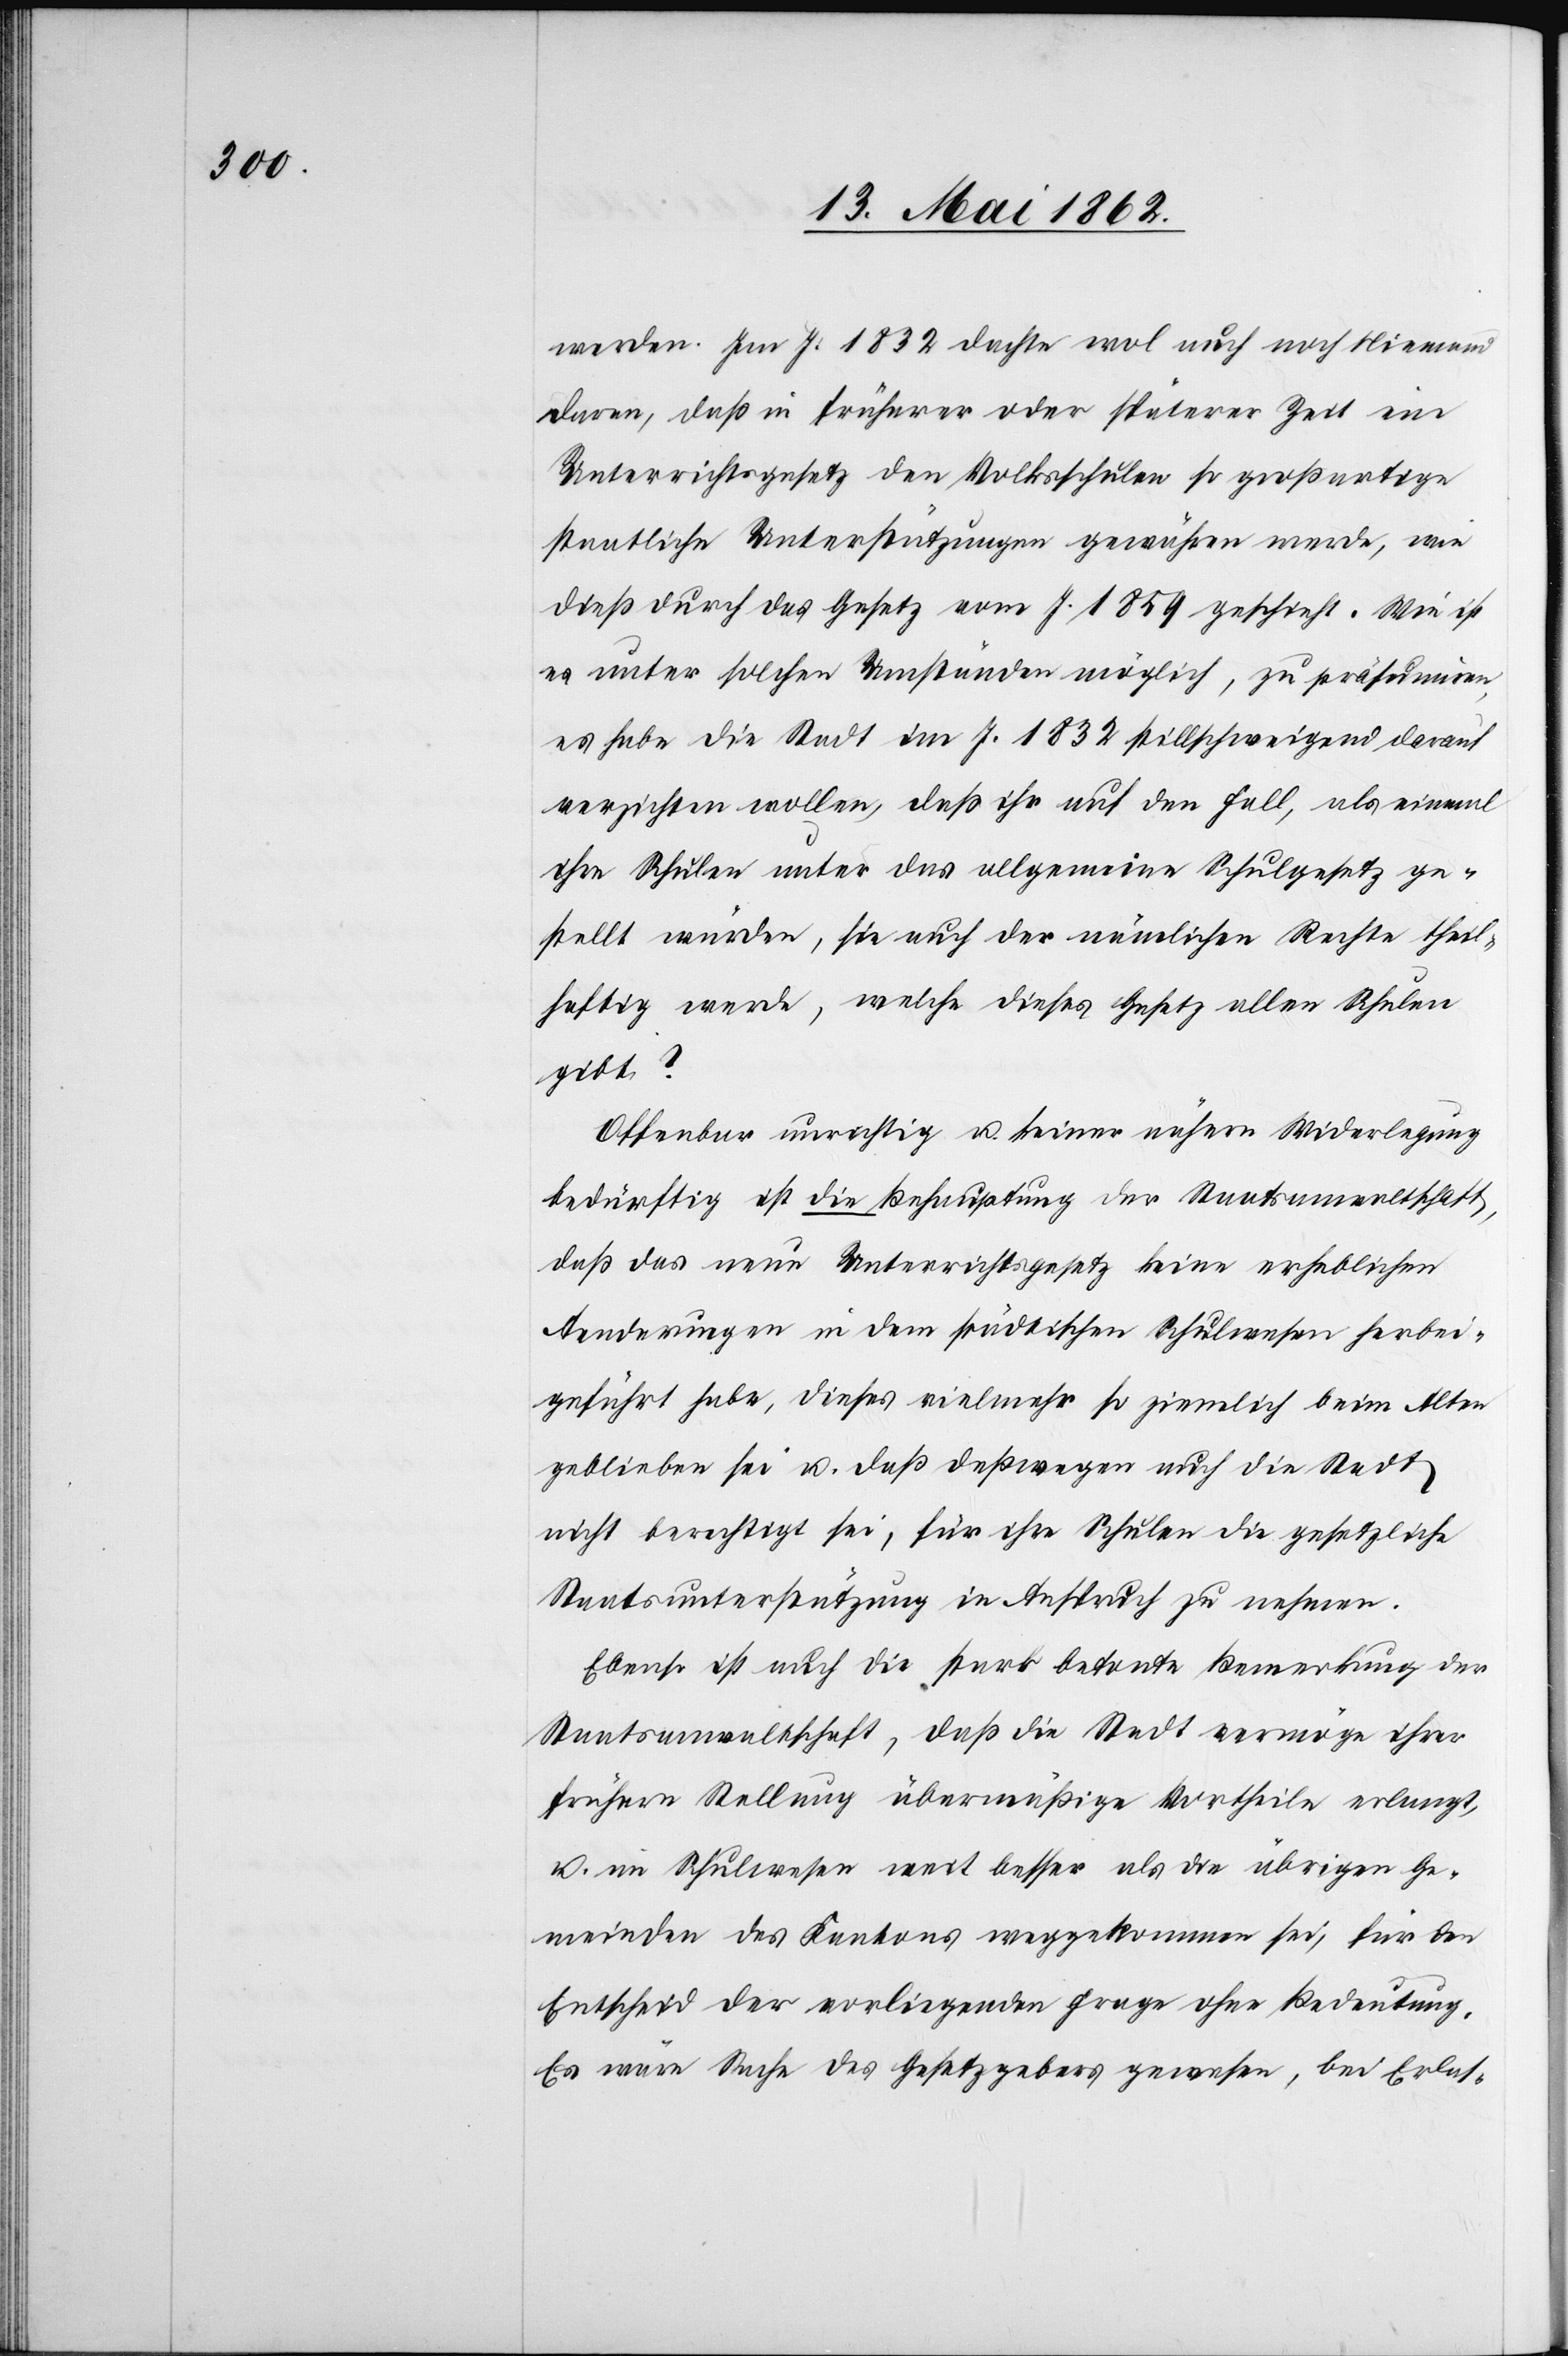
werden. Im J. 1832 dachte wol auch noch Niemand
daran, daß in früherer oder späterer Zeit ein
Unterrichtsgesetz den Volksschulen so großartige
staatliche Unterstützungen gewähren werde, wie
dieß durch das Gesetz vom J. 1859 geschieht. Wie ist
es unter solchen Umständen möglich, zu präsumiren,
es habe die Stadt im J. 1832 stillschweigend darauf
verzichten wollen, daß ihr auf den Fall, als einmal
ihre Schüler unter das allgemeine Schulgesetz ge¬
stellt würden, sie auch der nämlichen Rechte theil¬
haftig werde, welche dieses Gesetz allen Schulen
gibt?
Offenbar unrichtig u. keiner nähern Widerlegung
bedürftig ist die Behauptung der Staatsanwaltschaft,
daß das neue Unterrichtsgesetz keine erheblichen
Aenderungen in dem städtischen Schulwesen herbei¬
geführt habe, dieses vielmehr so ziemlich beim Alten
geblieben sei u. daß deßwegen auch die Stadt
nicht berechtigt sei, für ihre Schulen die gesetzliche
Staatsunterstützung in Anspruch zu nehmen.
Ebenso ist auch die stark betonte Bemerkung der
Staatsanwaltschaft, daß die Stadt vermöge ihrer
frühern Stellung übermäßige Vortheile erlangt,
u. ein Schulwesen weit besser als die übrigen Ge¬
meinden des Kantons weggekommen sei, für den
Entscheid der vorliegenden Frage ohne Bedeutung.
Es wäre Sache des Gesetzgebers gewesen, bei Erlas-